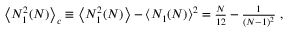
\begin{array} { r } { \left\langle N _ { 1 } ^ { 2 } ( N ) \right\rangle _ { c } \equiv \left\langle N _ { 1 } ^ { 2 } ( N ) \right\rangle - \left\langle N _ { 1 } ( N ) \right\rangle ^ { 2 } = \frac { N } { 1 2 } - \frac { 1 } { ( N - 1 ) ^ { 2 } } ~ , } \end{array}